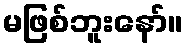
မဖြစ်ဘူးနော်။